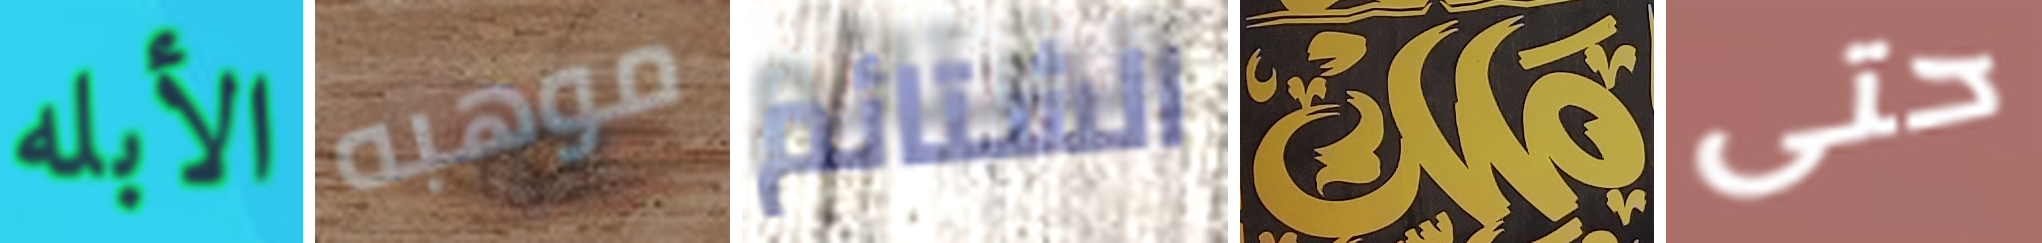
الأبله موهبه الشتائم ملك حتى